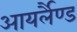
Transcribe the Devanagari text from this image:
आयर्लैण्ड